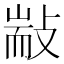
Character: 㪜